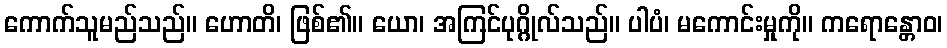
ကောက်သူမည်သည်။ ဟောတိ၊ ဖြစ်၏။ ယော၊ အကြင်ပုဂ္ဂိုလ်သည်။ ပါပံ၊ မကောင်းမှုကို။ ကရောန္တောဝ၊